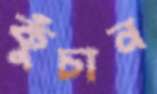
কুঁচান